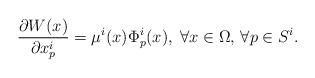
LaTeX: \begin{align*}\frac{\partial W(x)}{\partial x^i_p}=\mu^i(x) \Phi^i_p(x), \; \forall x \in \Omega, \,\forall p \in S^i.\end{align*}